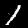
Digit: 1